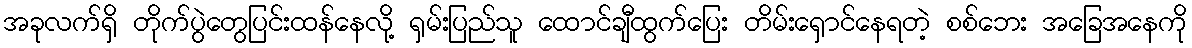
အခုလက်ရှိ တိုက်ပွဲတွေပြင်းထန်နေလို့ ရှမ်းပြည်သူ ထောင်ချီထွက်ပြေး တိမ်းရှောင်နေရတဲ့ စစ်ဘေး အခြေအနေကို